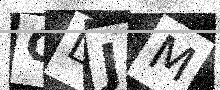
Text: OLJM